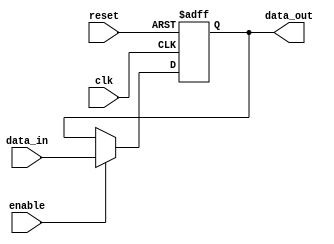
module InputRegister #(
    parameter DATA_WIDTH = 8  // Define the width of the register, default is 8-bits
)(
    input wire clk,            // Clock input
    input wire reset,          // Asynchronous reset input
    input wire enable,         // Enable signal
    input wire [DATA_WIDTH-1:0] data_in, // Input data lines
    output reg [DATA_WIDTH-1:0] data_out  // Output data lines
);

// Always block for the register functionality
always @(posedge clk or posedge reset) begin
    if (reset) begin
        // Reset the output data to zero
        data_out <= {DATA_WIDTH{1'b0}};
    end else if (enable) begin
        // Capture input data on the rising edge of the clock when enabled
        data_out <= data_in;
    end
    // If reset is not asserted and enable is not active,
    // retain previous value (data_out is a reg, hence retains its value)
end

endmodule